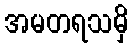
အမတရသမှိ